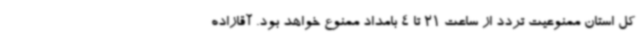
کل استان ممنوعیت تردد از ساعت 21 تا 4 بامداد ممنوع خواهد بود. آقازاده